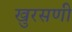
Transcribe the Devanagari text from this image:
खुरसणी